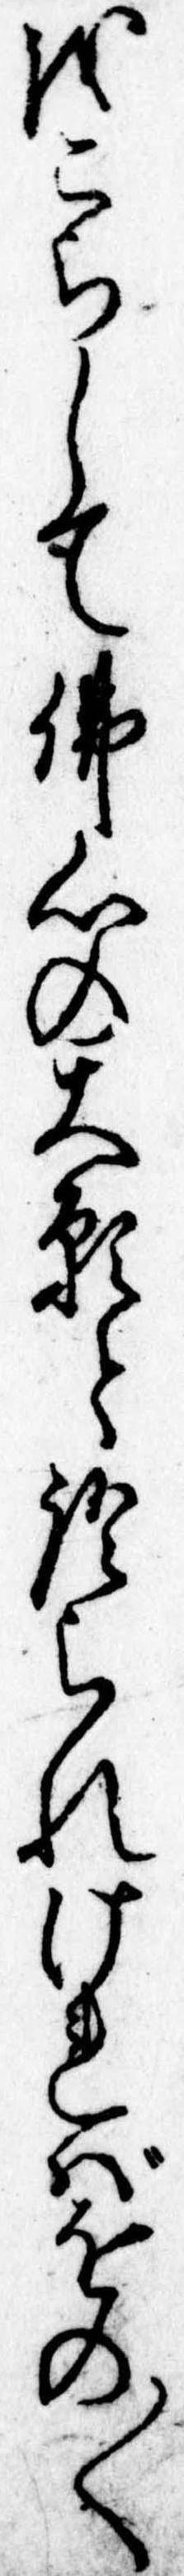
をこらして仏心の大願と語られければをの〱